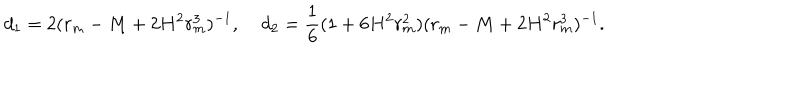
d _ { 1 } = 2 ( r _ { m } - M + 2 H ^ { 2 } r _ { m } ^ { 3 } ) ^ { - 1 } , \; d _ { 2 } = \frac { 1 } { 6 } ( 1 + 6 H ^ { 2 } r _ { m } ^ { 2 } ) ( r _ { m } - M + 2 H ^ { 2 } r _ { m } ^ { 3 } ) ^ { - 1 } .